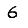
Digit: 6